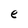
Character: e